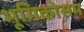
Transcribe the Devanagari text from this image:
भूमिकोसम